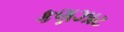
કણઝાટ